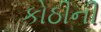
કોઠીની